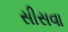
સીસવા